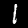
Digit: 1